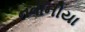
નવાનીયા